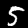
Digit: 5